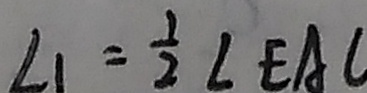
\angle 1 = \frac { 1 } { 2 } \angle E A C